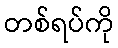
တစ်ရပ်ကို